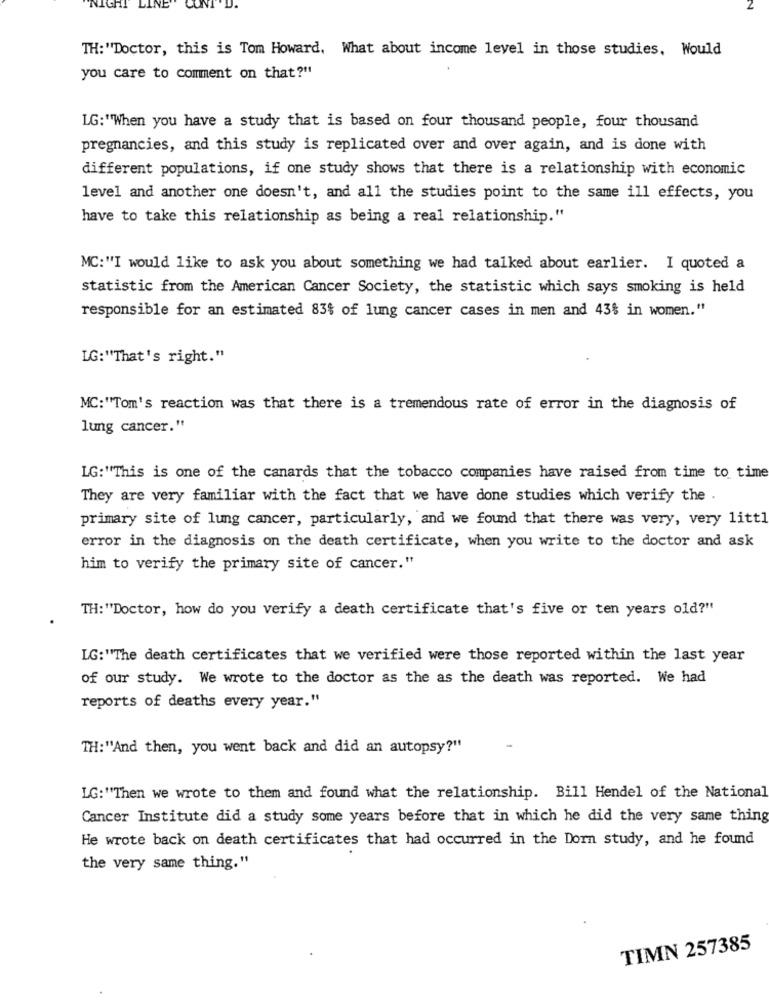
NIGHT LINE
CONT
TH: "Doctor, this is Tom Howard. What about income level in those studies, Would
you care to comment on that?"
LG:"When you have a study that is based on four thousand people, four thousand
pregnancies, and this study is replicated over and over again, and is done with
different populations, if one study shows that there is a relationship with economic
level and another one doesn't, and all the studies point to the same ill effects, you
have to take this relationship as being a real relationship."
MC:"I would like to ask you about something we had talked about earlier. I quoted a
statistic from the American Cancer Society, the statistic which says smoking is held
responsible for an estimated 83% of lung cancer cases in men and 43$ in women."
LG:"That's right."
MC:"Tom's reaction was that there is a tremendous rate of error in the diagnosis of
lung cancer."
LG:"This is one of the canards that the tobacco companies have raised from time to time
They are very familiar with the fact that we have done studies which verify the .
primary site of lung cancer, particularly, and we found that there was very, very littl
error in the diagnosis on the death certificate, when you write to the doctor and ask
him to verify the primary site of cancer."
TH:"Doctor, how do you verify a death certificate that's five or ten years old?"
LG:"The death certificates that we verified were those reported within the last year
of our study. We wrote to the doctor as the as the death was reported. We had
reports of deaths every year."
TH:""And then, you went back and did an autopsy?"
LG:"'Then we wrote to them and found what the relationship. Bill Hendel of the National
Cancer Institute did a study some years before that in which he did the very same thing
He wrote back on death certificates that had occurred in the Dorn study, and he found
the very same thing."
TIMN 257385